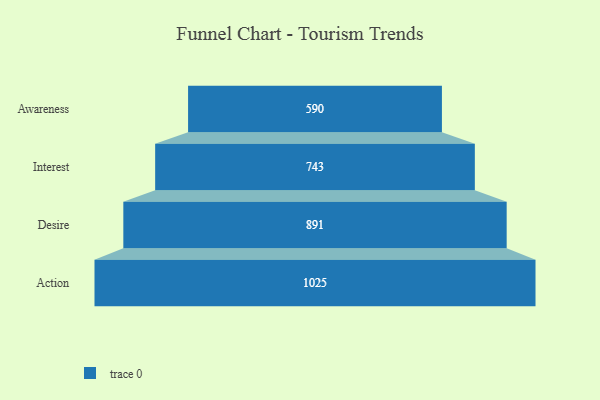
{"axis": {"x": "Stage", "y": "Value"}, "legend": [""], "data": [{"x": "Awareness", "y": 590.0, "type": ""}, {"x": "Interest", "y": 743.0, "type": ""}, {"x": "Desire", "y": 891.0, "type": ""}, {"x": "Action", "y": 1025.0, "type": ""}]}